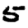
Digit: 5